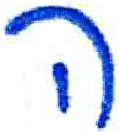
אות: ה